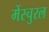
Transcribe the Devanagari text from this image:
मेंस्चुरल